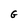
Character: G